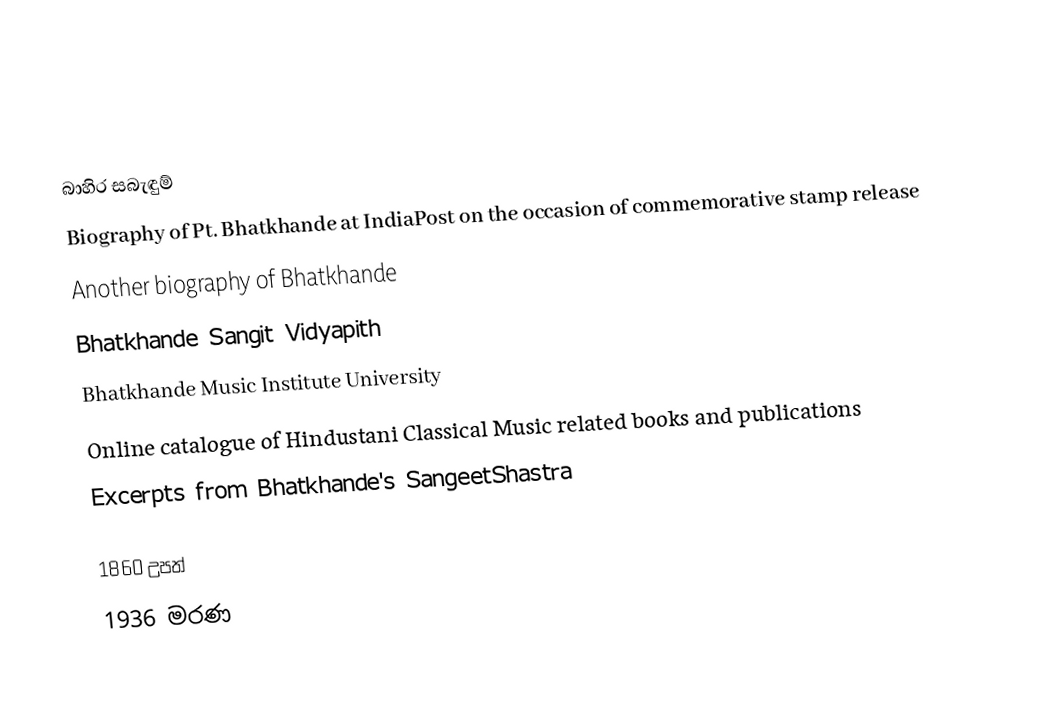

බාහිර සබැඳුම්
Biography of Pt. Bhatkhande at IndiaPost on the occasion of commemorative stamp release
Another biography of Bhatkhande
Bhatkhande Sangit Vidyapith
Bhatkhande Music Institute University
Online catalogue of Hindustani Classical Music related books and publications
Excerpts from Bhatkhande's SangeetShastra

1860 උපත්
1936 මරණ